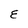
Character: E